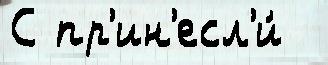
С пр'ин'есл'и́